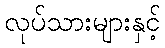
လုပ်သားများနှင့်